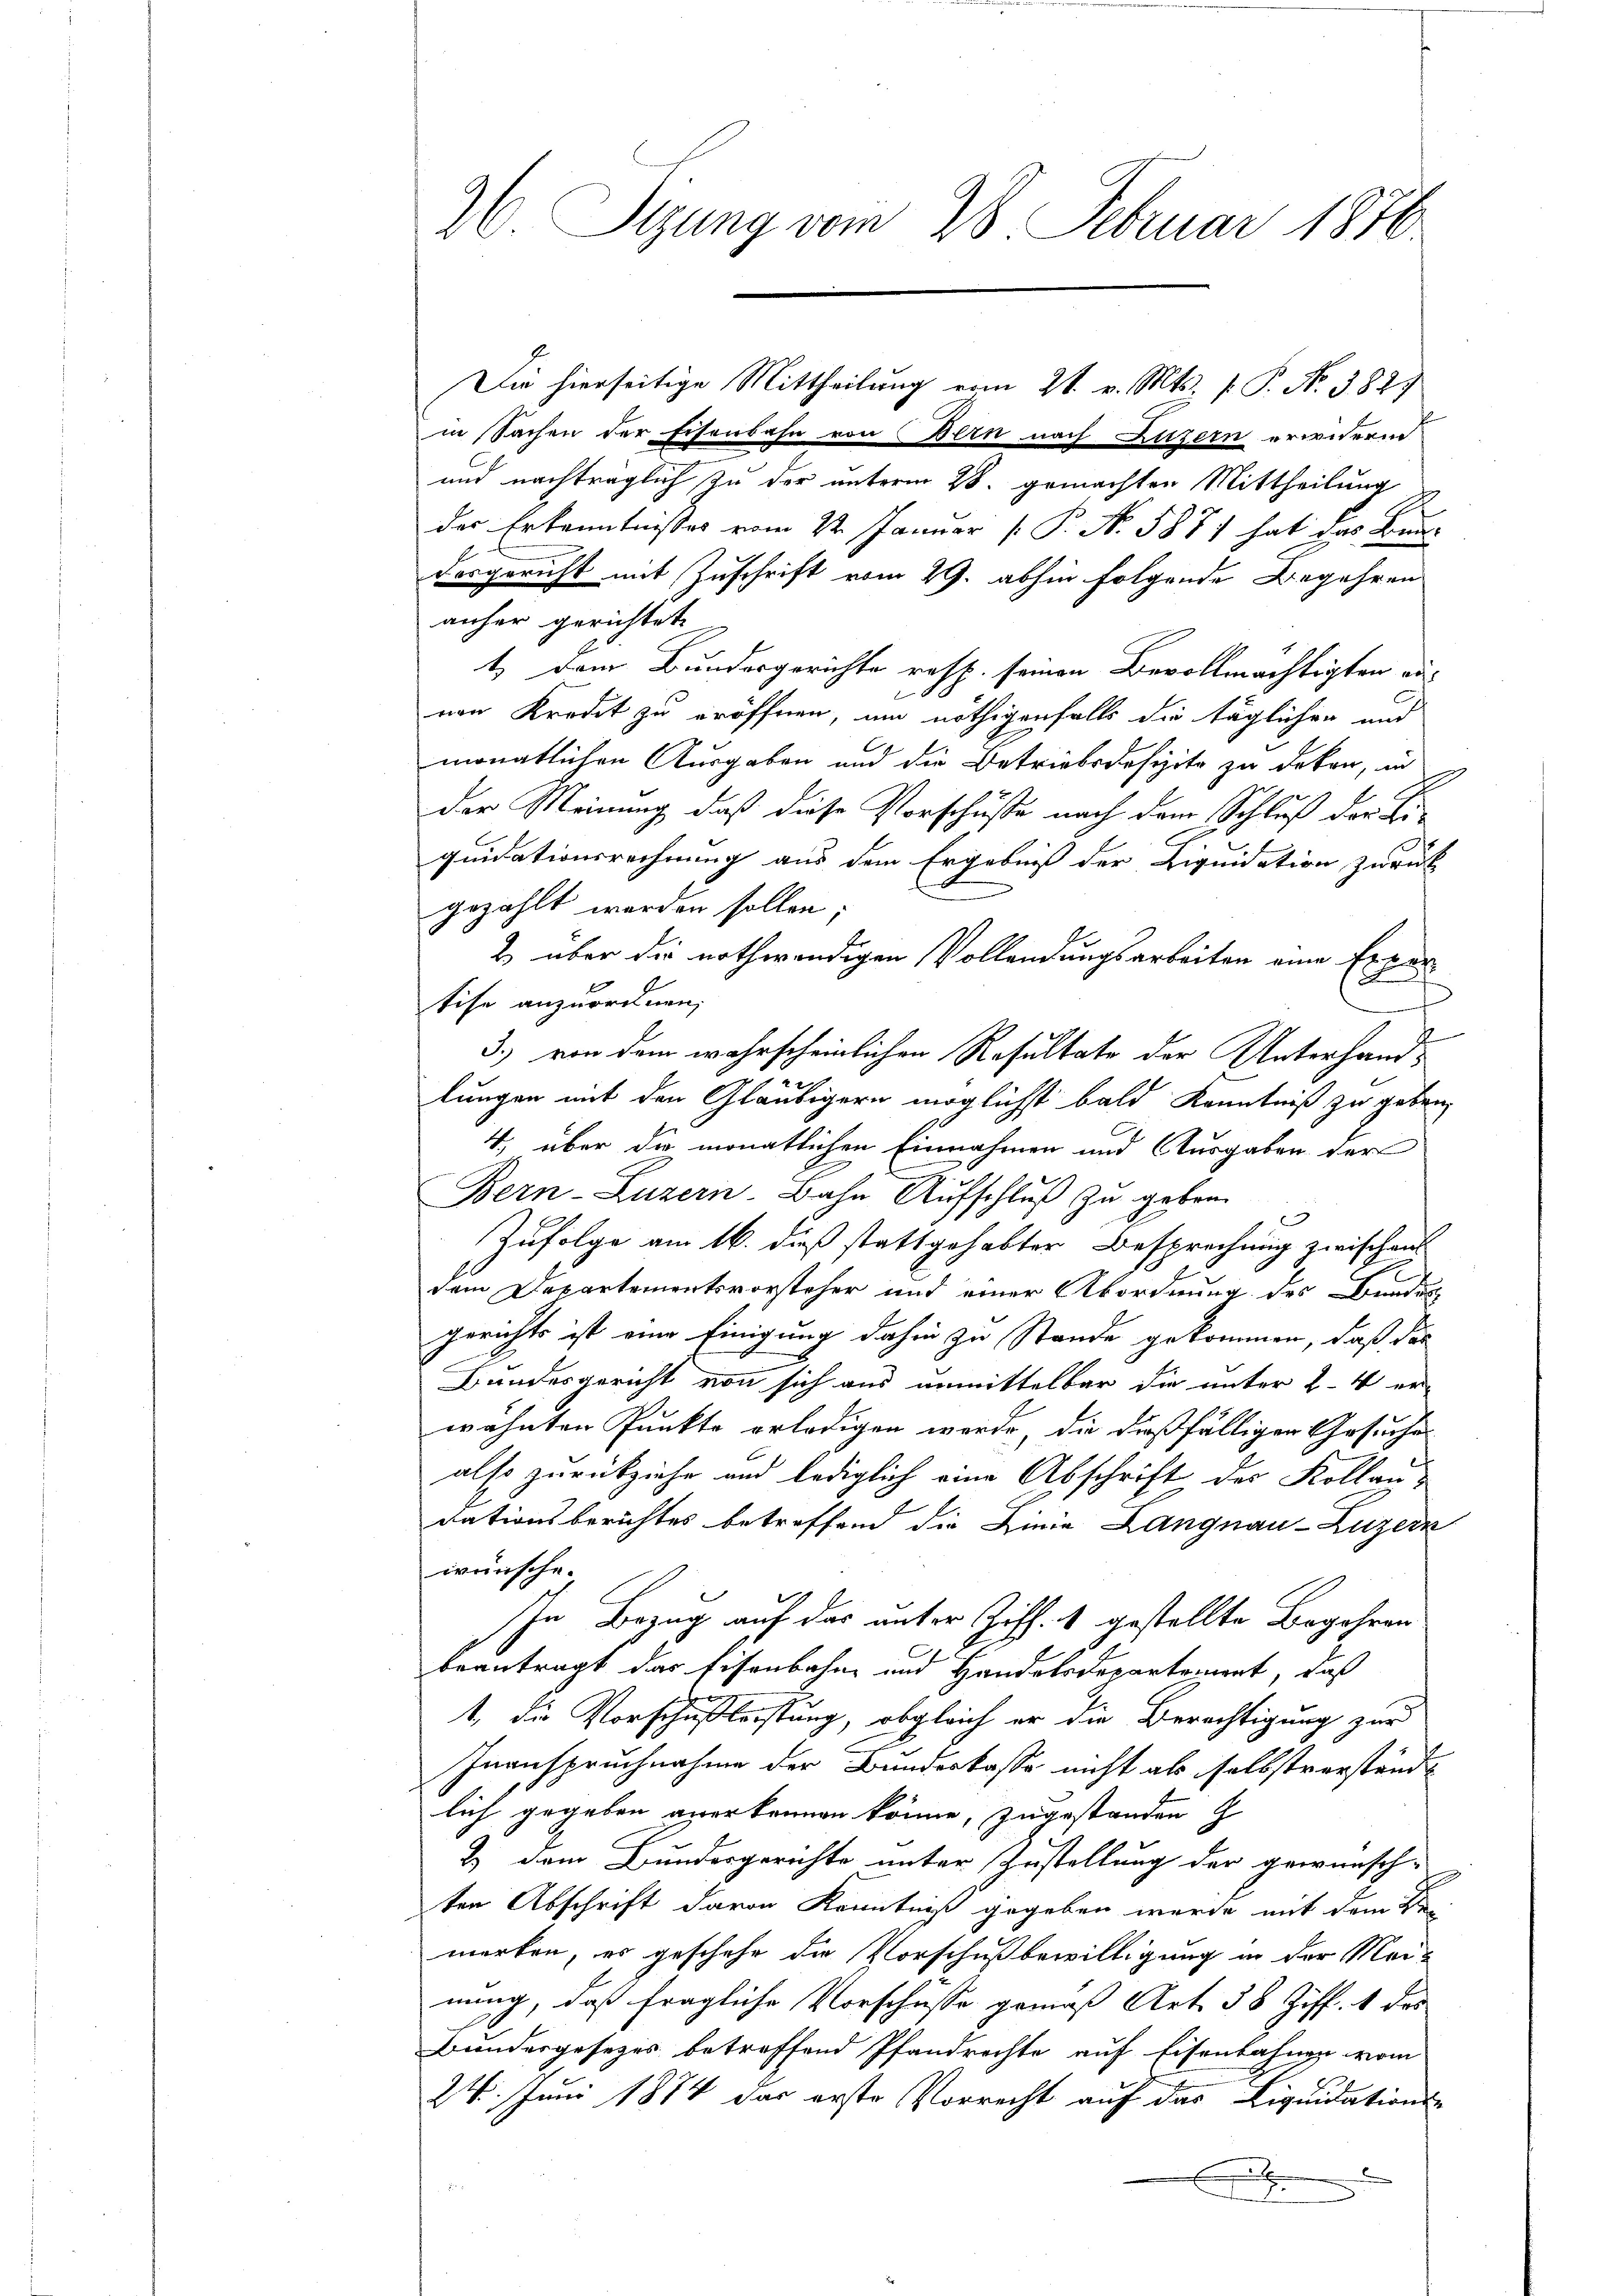
26 Sizung vom 28. Februar 1886

Die hierseitige Mittheilung vom 21. v. Mts. f. P. No. 382

in Sachen der Eisenbahn von Bern nach Luzern erwidern
und nachträglich zu der unterm 28. gemachten Mittheilung
des Erkenntnisses vom 22. Januar [ P. N. 5877 hat das Bundesgericht mit Zuschrift vom 29. abhin folgende Begehren
anher gerichtet.
t) dem Bundesgerichte resp. seinen Bevollmächtigten auvon Kredit zu eröffnen, um nöthigenfalls die täglichen und
monatlichen Ausgaben und die Betriebsdefizite zu dekon, in
der Meinung, daß diese Vorschüße nach dem Schluß der Li-
quidationsrechnung aus dem Ergebniß der Liquidation zurück
gezahlt worden sollen,
2 über die nothwendigen Vollendungsarbeiten eine Expertise anzuordnen,
h
3.) von dem wahrscheinlichen Resultate der Unterhand¬
2 x
lungen mit den Gläubigern möglichst bald Kenntniß zu geben,
4, über die monatlichen Einnahmen und Ausgaben der
Bern-Luzern. Bahn Aufschluß zu geben.
Zufolge am 16. dieß stattgehabter Besprechung zwischen
dem Departementsvorsteher und einer Abordnung des Bundes
gerichts ist eine Einigung dahin zu Stande gekommen, daß das
Bundesgericht von sich aus unmittelbar die unter 2-4 er
wähnten Punkte erledigen wurde, die dießfälligen Gesuches
also zurückziehe und lediglich eine Abschrift der Kollaudationsberichtes betreffend die Linie Langnau-Luzern
wünsche.
In Bezug auf das unter Ziff. 1 gestellte Begehren
beantragt das Eisenbahn und Handelsdepartement, daß
1. die Vorschußleistung, obgleich er die Berechtigung zur
Inanspruchnahme der Bundeskasse nicht als selbstverständlich gegeben anerkennen könne, zugestanden
& dem Bundesgerichte unter Zustellung der gewünsch-
ten Abschrift davon Kenntniß gegeben wurde mit dem
merken, es geschehe die Vorschußbewilligung in der Meinung, daß fragliche Vorschüsse gemäß Art. 38 Ziff. 1 des
Bundesgesezes betreffend Pfandrechte auf Eisenbahnen vom
24. Juni 1884 das erste Vorrecht auf das Liquidations-
B
F